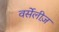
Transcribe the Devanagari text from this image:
वर्सेलीज़